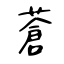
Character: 蒼